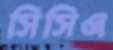
সিসিএ